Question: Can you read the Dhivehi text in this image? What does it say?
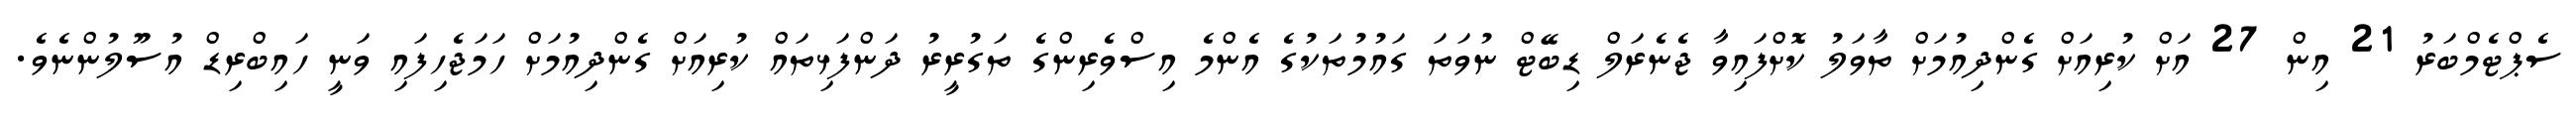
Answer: ސެޕްޓެމްބަރު 21 އިން 27 އަށް ކުރިއަށް ގެންދިއުމަށް ތާވަލު ކޮށްފައިވާ ޖެނެރަލް ޑިބޭޓް ނުވަތަ ގައުމުތަކުގެ އެންމެ އިސްވެރިންގެ ތަގުރީރު ދަންފަޅިތައް ކުރިއަށް ގެންދިއުމަށް ހަމަޖެހިފައި ވަނީ ހައިބްރިޑް އުސޫލުންނެވެ.